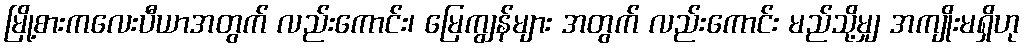
မြို့စားကလေးပီယာအတွက် လည်းကောင်း၊ မြေကျွန်များ အတွက် လည်းကောင်း မည်သို့မျှ အကျိုးမရှိဟု